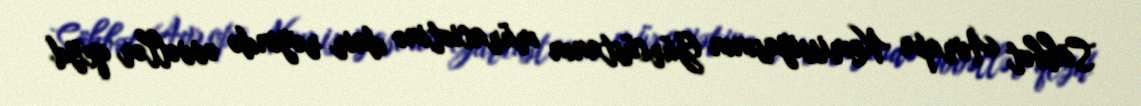
Söhbət Avropa Komissiyasının Gürcüstanın müraciətinə dair rəyində əvvəllər qeyd